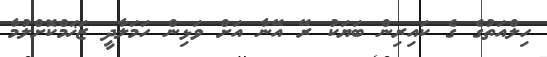
ހިލްއަތުގެ ގެ ކައިރިން ބަޔަކު ރޭ އޭނާ އަށް ވަޅިން ހަމަލާދީ ޒަޚަމްކޮށްލުމާ